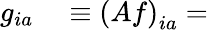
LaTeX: \begin{array}{rl}{g_{ia}}&{{}\equiv\left(Af\right)_{ia}=}\end{array}